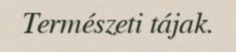
Természeti tájak.